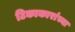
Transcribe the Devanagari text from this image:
टिकाकारांच्या